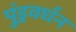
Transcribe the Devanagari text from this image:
पुंड्रवर्धन